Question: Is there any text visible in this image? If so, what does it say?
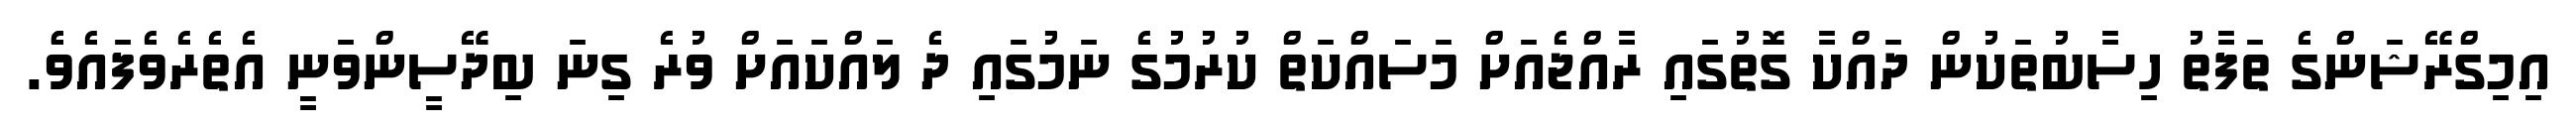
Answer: އިމިގްރޭޝަންގެ ތަފާތު ހިސާބުތަކުން ދައްކާ ގޮތުގައި ރާއްޖެއަށް މަސައްކަތް ކުރުމުގެ ނަމުގައި ދެ ލައްކައަށް ވުރެ ގިނަ ބިދޭސީންވަނީ އެތެރެވެފައެވެެ.